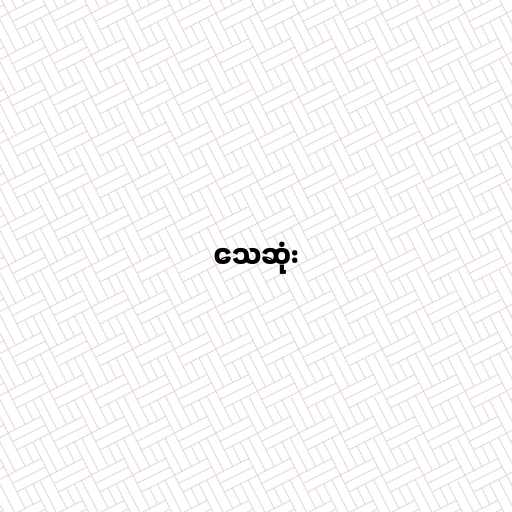
သေဆုံး